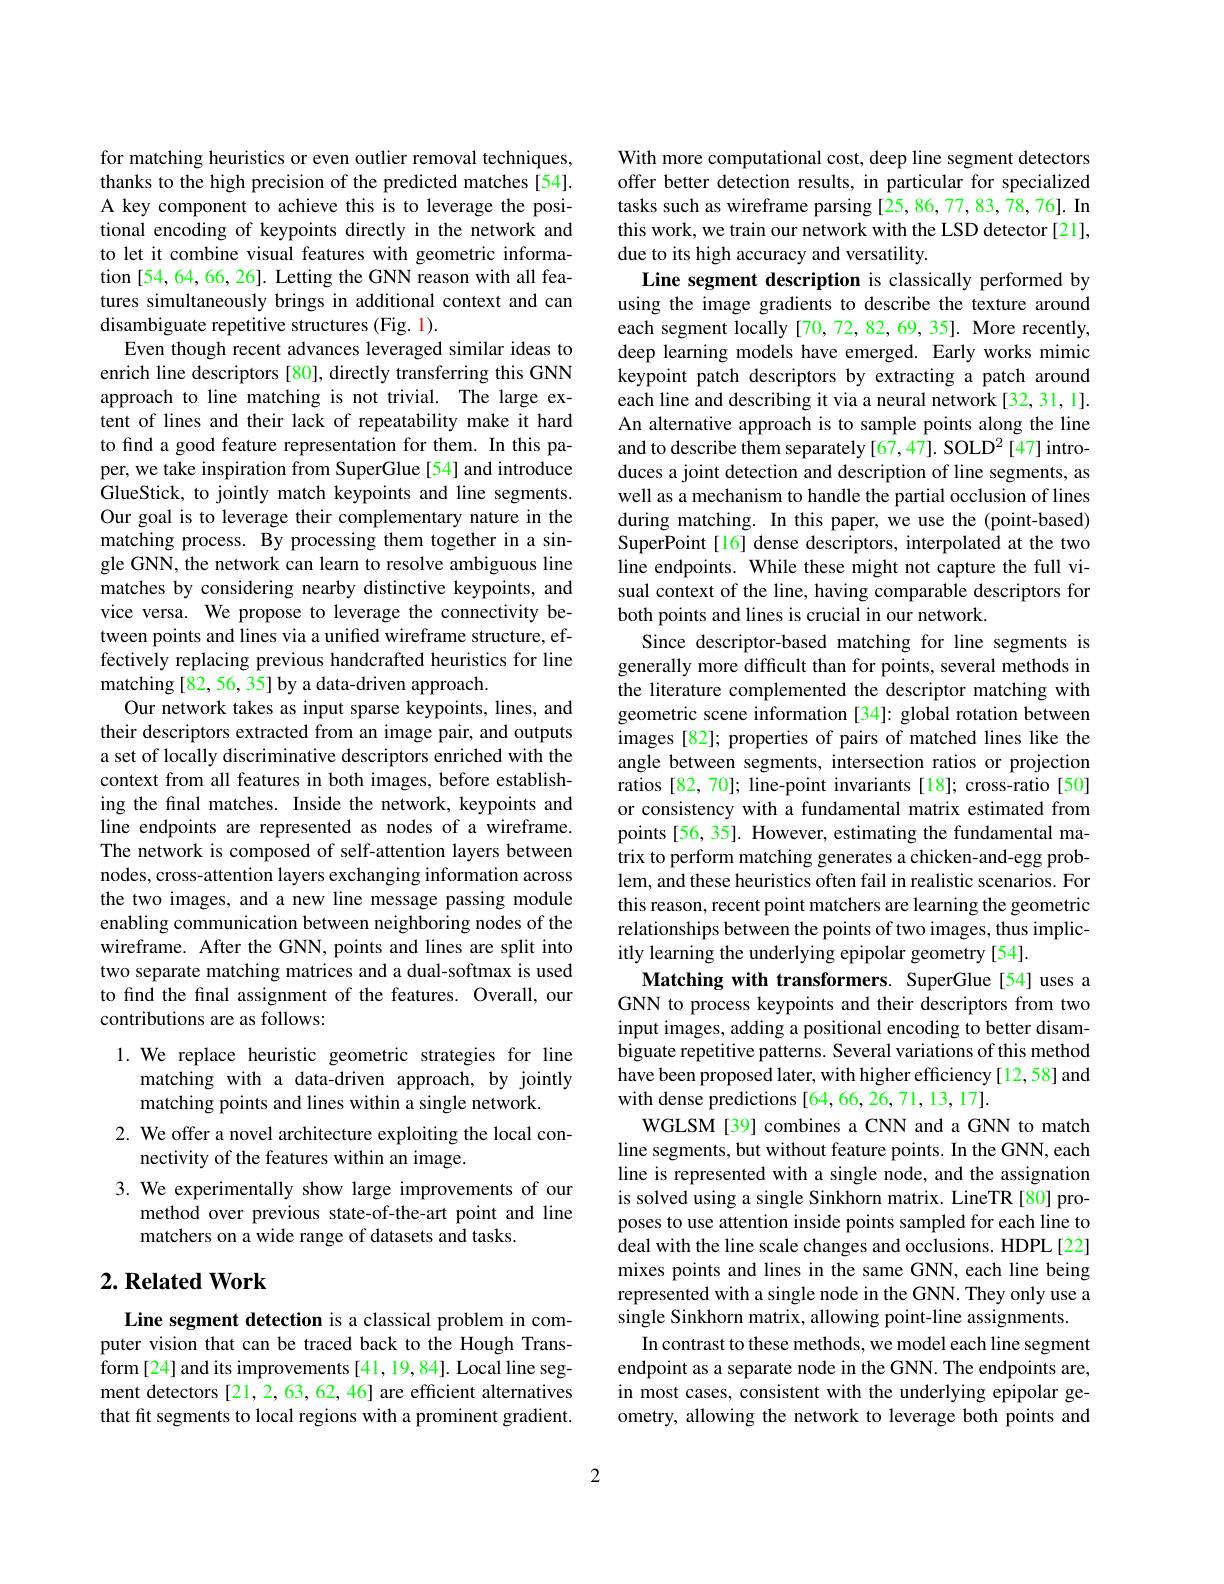
for matching heuristics or even outlier removal techniques, thanks to the high precision of the predicted matches [54]. A key component to achieve this is to leverage the positional encoding of keypoints directly in the network and to let it combine visual features with geometric information [54,64,66, 26]. Letting the GNN reason with all features simultaneously brings in additional context and can disambiguate repetitive structures (Fig. 1).
Even though recent advances leveraged similar ideas to enrich line descriptors [80], directly transferring this GNN approach to line matching is not trivial. The large extent of lines and their lack of repeatability make it hard to find a good feature representation for them. In this paper, we take inspiration from SuperGlue[54] and introduce GlueStick, to jointly match keypoints and line segments. Our goal is to leverage their complementary nature in the matching process. By processing them together in a single GNN, the network can learn to resolve ambiguous line matches by considering nearby distinctive keypoints, and vice versa. We propose to leverage the connectivity between points and lines via a unifed wireframe structure, effectively replacing previous handcrafted heuristics for line matching [82, 56, 35] by a data-driven approach.
Our network takes as input sparse keypoints, lines, and their descriptors extracted from an image pair, and outputs a set of locally discriminative descriptors enriched with the context from all features in both images, before establishing the final matches. Inside the network, keypoints and line endpoints are represented as nodes of a wireframe. The network is composed of self-attention layers between nodes, cross-attention layers exchanging information across the two images, and a new line message passing module enabling communication between neighboring nodes of the wireframe. After the GNN, points and lines are split into two separate matching matrices and a dual-softmax is used to find the final assignment of the features. Overall, our contributions are as follows:
1. We replace heuristic geometric strategies for line

matching with a data-driven approach, by jointly
matching points and lines within a single network.
2. We offer a novel architecture exploiting the local con-
nectivity of the features within an image.
3. We experimentally show large improvements of our
method over previous state-of-the-art point and line
matchers on a wide range of datasets and tasks.

## $2. \textbf{Related Work}$

Line segment detection is a classical problem in computer vision that can be traced back to the Hough Transform[24] and its improvements [41,19,84]. Local line segment detectors [21,2,63,62,46] are efficient alternatives that fit segments to local regions with a prominent gradient.

With more computational cost, deep line segment detectors offer better detection results, in particular for specialized tasks such as wireframe parsing [25,86,77,83,78,76]. In this work, we train our network with the LSD detector [21], due to its high accuracy and versatility.
Line segment description is classically performed by using the image gradients to describe the texture around each segment locally [70, 72, 82, 69, 35]. More recently, deep learning models have emerged. Early works mimic keypoint patch descriptors by extracting a patch around each line and describing it via a neural network [32,31,1]. An alternative approach is to sample points along the line and to describe them separately [67,47]. SOLD$^2\left[47\right]$introduces a joint detection and description of line segments, as well as a mechanism to handle the partial occlusion of lines during matching. In this paper, we use the (point-based) SuperPoint[16] dense descriptors, interpolated at the two line endpoints. While these might not capture the full visual context of the line, having comparable descriptors for both points and lines is crucial in our network.
Since descriptor-based matching for line segments is generally more difficult than for points, several methods in the literature complemented the descriptor matching with geometric scene information [34]: global rotation between images [82]; properties of pairs of matched lines like the angle between segments, intersection ratios or projection ratios [82,70]; line-point invariants [18]; cross-ratio [50] or consistency with a fundamental matrix estimated from points [56, 35]. However, estimating the fundamental matrix to perform matching generates a chicken-and-egg problem, and these heuristics often fail in realistic scenarios. For this reason, recent point matchers are learning the geometric relationships between the points of two images, thus implicitly learning the underlying epipolar geometry [54].
Matching with transformers. SuperGlue[54] uses a GNN to process keypoints and their descriptors from two input images, adding a positional encoding to better disambiguate repetitive patterns. Several variations of this method have been proposed later, with higher efficiency[12,58] and with dense predictions [64,66,26,71,13,17].
WGLSM [39] combines a CNN and a GNN to match line segments, but without feature points. In the GNN, each line is represented with a single node, and the assignation is solved using a single Sinkhorn matrix. LineTR[80] proposes to use attention inside points sampled for each line to deal with the line scale changes and occlusions. HDPL[22] mixes points and lines in the same GNN, each line being represented with a single node in the GNN. They only use a single Sinkhorn matrix, allowing point-line assignments.
In contrast to these methods, we model each line segment endpoint as a separate node in the GNN. The endpoints are, in most cases, consistent with the underlying epipolar geometry, allowing the network to leverage both points and

2